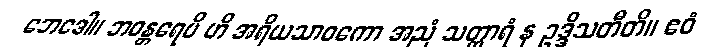
ဘေဒေါ။ ဘဝန္တရေပိ ဟိ အရိယသာဝကော အညံ သတ္ထာရံ န ဥဒ္ဒိသတီတိ။ ဧဝံ